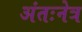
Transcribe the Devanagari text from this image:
अंतःनेत्र